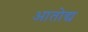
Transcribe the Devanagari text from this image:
आतोद्य